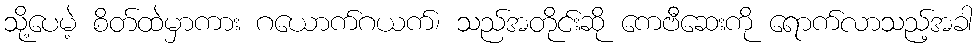
သို့ပေမဲ့ စိတ်ထဲမှာကား ဂယောက်ဂယက်၊ သည်အတိုင်းဆို ကေဗီဆေးကို ရောက်လာသည့်အခါ